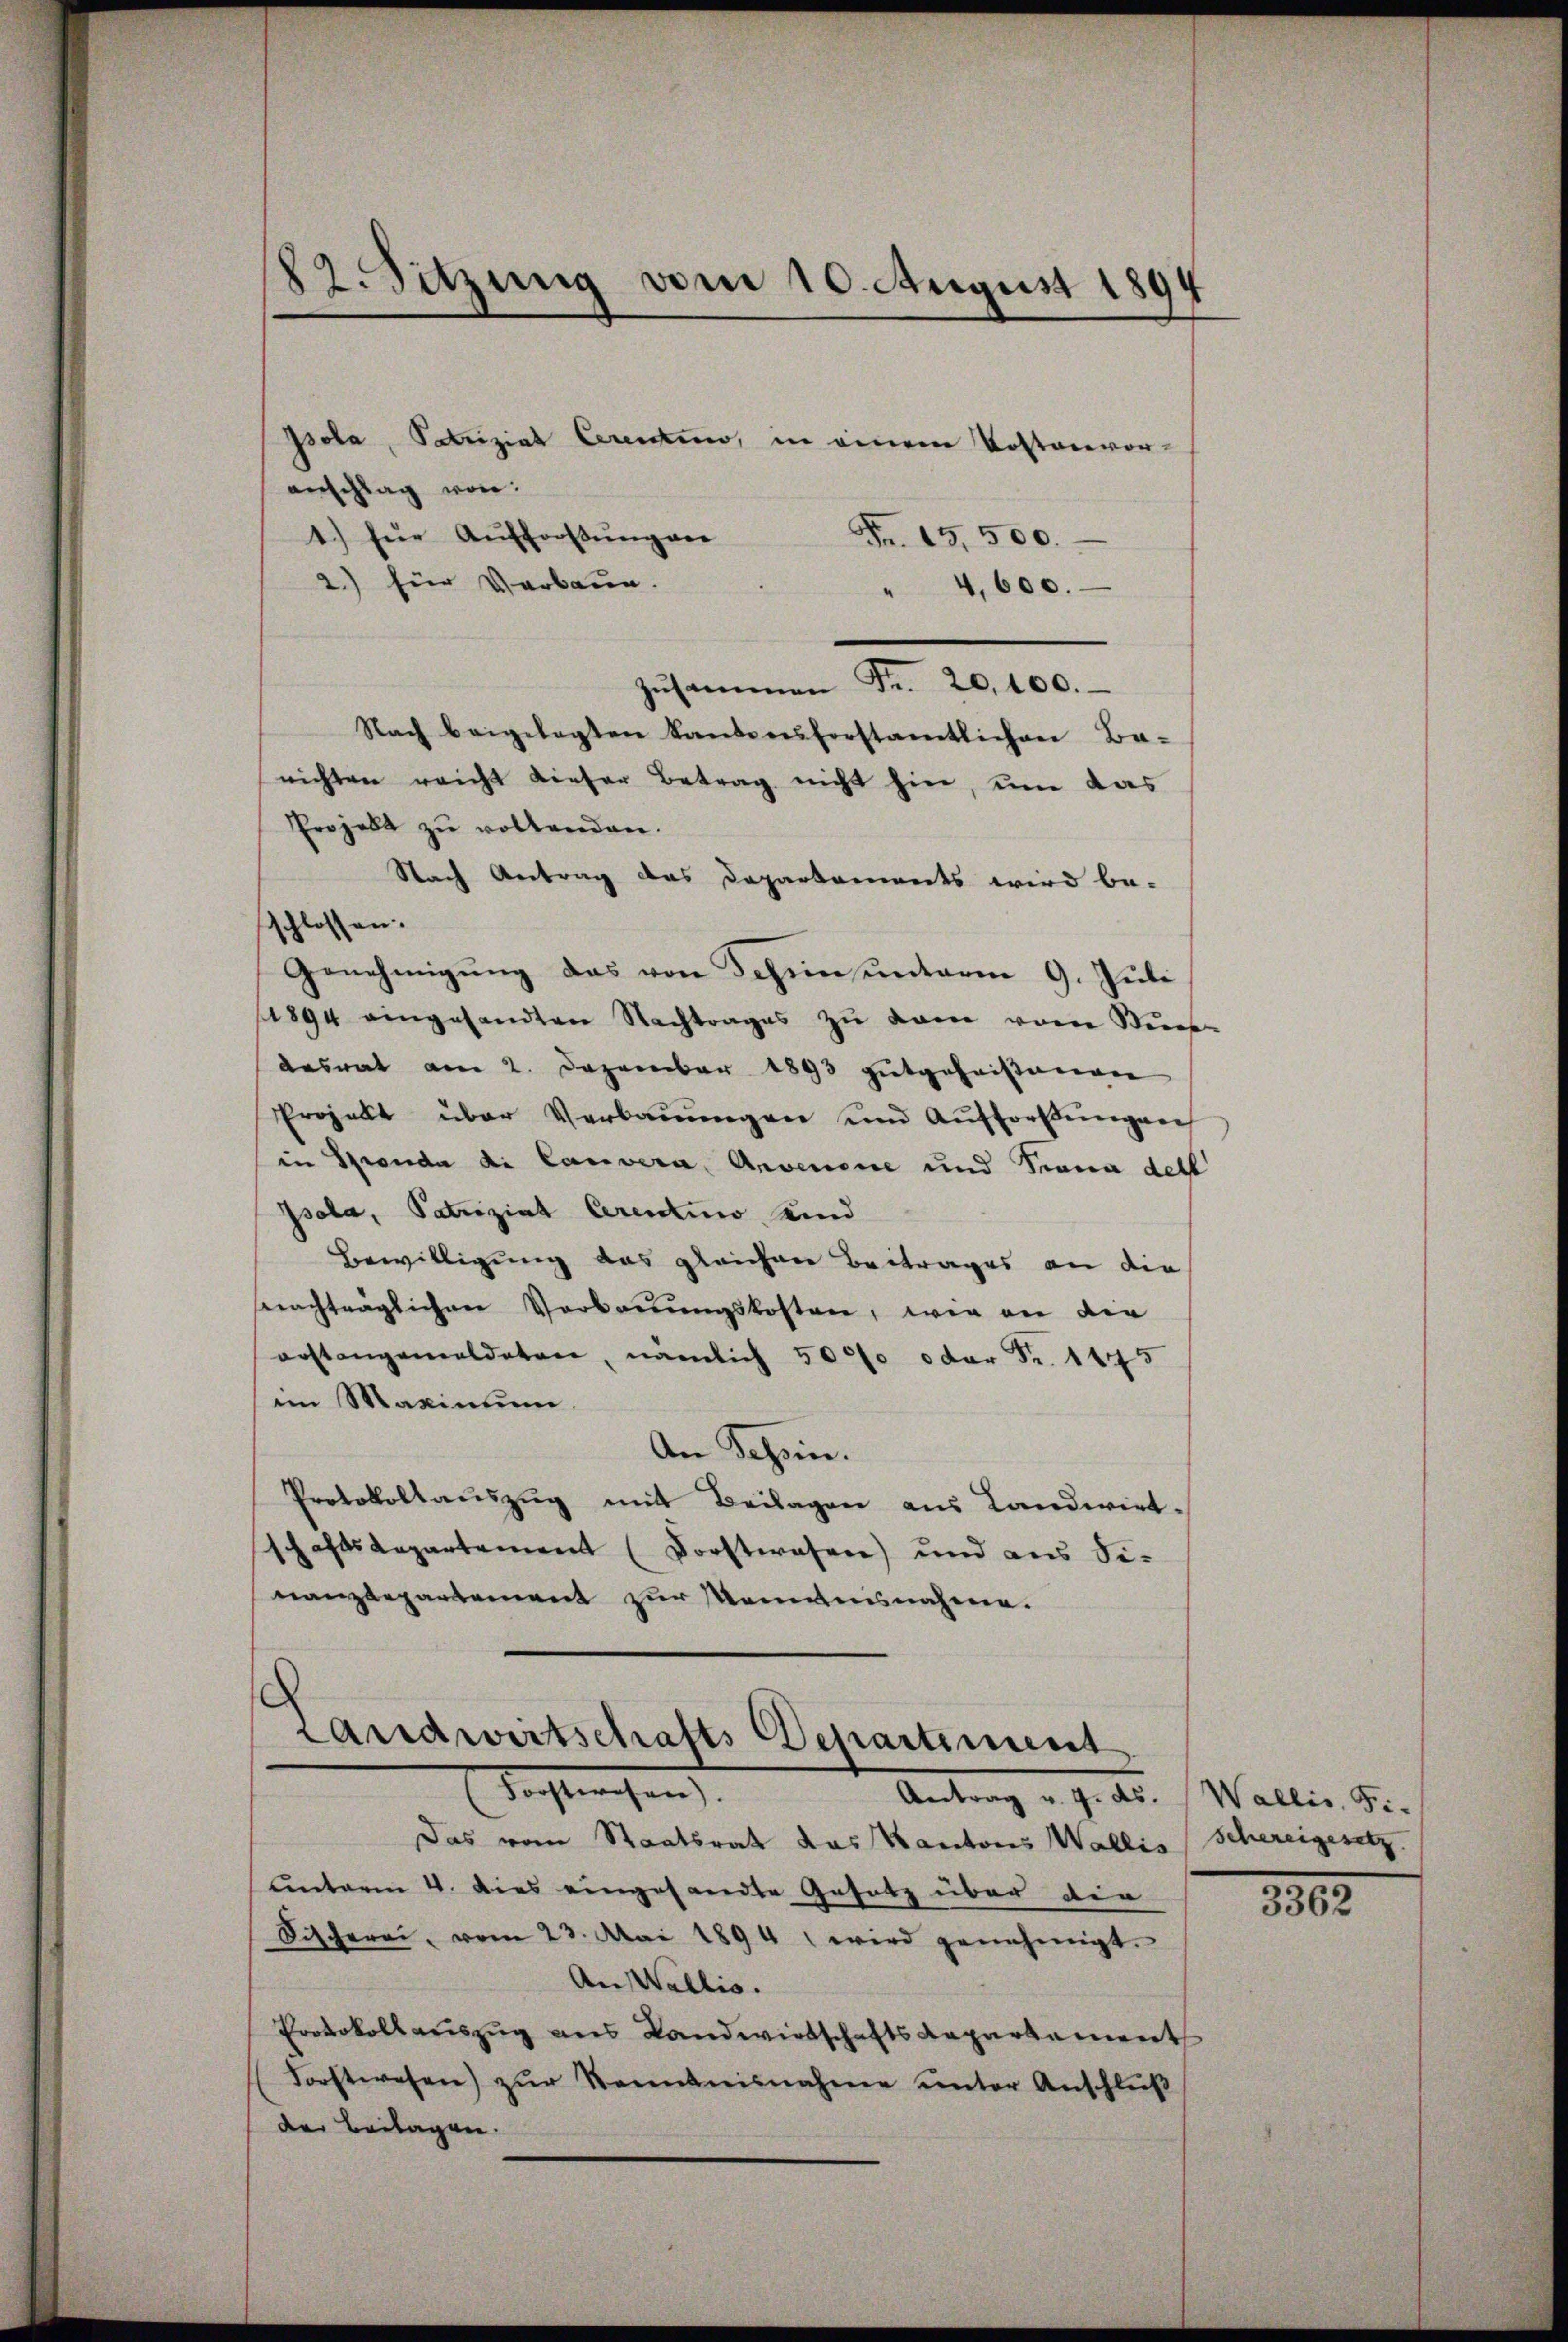
82. Sitzung vom 10. August 1894

Isola, Patriziat Cerenten, in einem Kostenvor-
anschlag von
1.) für Aufforstung ver
Fr. 15,500.
2.) für Verbaun.
4,600.
Zŭsammen Fr. 20,100.
Nach beigelegten Lande erforstamtlichen Ba-
nichten reicht dieser Betrag nicht hin, um das
Projekt zŭ woltenden.
Nach Antrag des Departements wird be-
schlossen:
Genehmigung das von dehein unterm 9. Juli
1894 eingesandten Nachtrages zŭ kam vom Stück-
desrat am 2. Dezember 1893 gutgeheißemen
Projekt über Verbauungen und Aufforstungen
in Spenda di Carvera, Anvenone und Trana dell
Isola, Patriziat Cerentino, und
Bewilligung das gleichen Beitrages an die
nachträglichen Verbrenŭngskosten, wie an die
orstangemeldeten, nämlich 5000 oder Fr. 1445
im Maxinium
An Schein.
Protokollauszug mit Beilagen aus Landwirt-
schaftsdepartement (Forstwesen) und aus Se-
nanzdepartement zur Momensnahme.
Landwirtschafts Departement
Forstwesen).
Antrag v. 9. ds. Wallis, Fi-
Das vom Staatsrath das Kantons Wallis Schereigesetz
unterm 4. Dies eingesandte Gesetz über die
Fischerei, vom 23. Mai 1894 wird genehmigt.
An Wallis.
Protokollauszug aus Landwirtschafts Repartement
Forstwesen) zur Kenntnisnahme unter Anschluß
der Beilagen.

3362